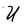
Character: U